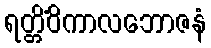
ရတ္တိံဝိကာလဘောဇနံ